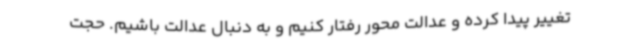
تغییر پیدا کرده و عدالت محور رفتار کنیم و به دنبال عدالت باشیم. حجت